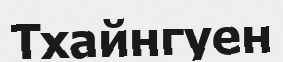
Тхайнгуен